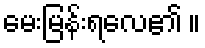
မေးမြန်းရလေ၏ ။